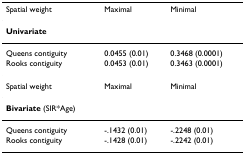
<table><thead><tr><td><b>Spatial weight</b></td><td><b>Maximal</b></td><td><b>Minimal</b></td></tr></thead><tbody><tr><td><b>Univariate</b></td><td></td><td></td></tr><tr><td>Queens contiguity</td><td>0.0455 (0.01)</td><td>0.3468 (0.0001)</td></tr><tr><td>Rooks contiguity</td><td>0.0453 (0.01)</td><td>0.3463 (0.0001)</td></tr><tr><td>Spatial weight</td><td>Maximal</td><td>Minimal</td></tr><tr><td><b>Bivariate </b>(SIR*Age)</td><td></td><td></td></tr><tr><td>Queens contiguity</td><td>-.1432 (0.01)</td><td>-.2248 (0.01)</td></tr><tr><td>Rooks contiguity</td><td>-.1428 (0.01)</td><td>-.2242 (0.01)</td></tr></tbody></table>